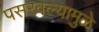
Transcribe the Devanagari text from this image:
पसरवल्यामुळे